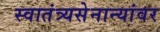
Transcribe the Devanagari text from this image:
स्वातंत्र्यसेनान्यांवर